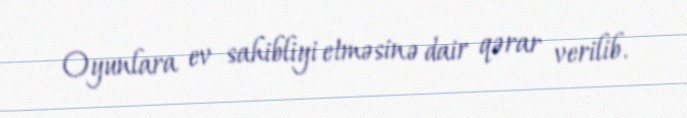
Oyunlara ev sahibliyi etməsinə dair qərar verilib.